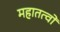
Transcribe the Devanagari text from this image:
महातत्वों